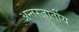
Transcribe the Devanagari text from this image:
अन्तरजार्तीय